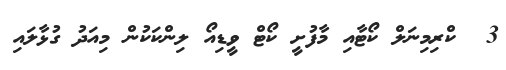
3  ކްރިމިނަލް ކޯޓާއި މާފުށީ ކޯޓް ވީޑިއޯ ލިންކަކުން މިއަދު ގުޅާލައި